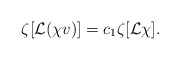
\begin{align*}\zeta[{\mathcal L}(\chi v)]=c_1\zeta[{\mathcal L}\chi].\end{align*}